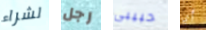
لشراء رجل حبيبى أي